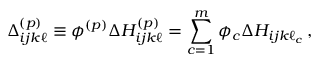
\Delta _ { i j k \ell } ^ { ( p ) } \equiv \phi ^ { ( p ) } \Delta H _ { i j k \ell } ^ { ( p ) } = \sum _ { c = 1 } ^ { m } \phi _ { c } \Delta H _ { i j k \ell _ { c } } \, ,